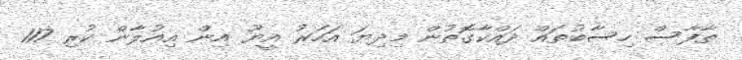
ތާފާސް ހިސާބުތައް ދައްކާގޮތުން މިދިޔަ އަހަރު އީޔޫ އިން އިއުލާން ކުރި 117